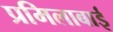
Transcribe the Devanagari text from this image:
प्रमिलाबाई